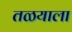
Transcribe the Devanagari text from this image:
तळयाला